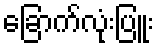
ခြောက်လုံးပြူး